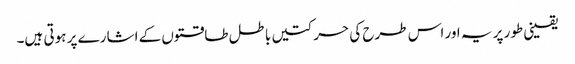
یقینی طور پر یہ اور اس طرح کی حرکتیں باطل طاقتوں کے اشارے پر ہوتی ہیں۔